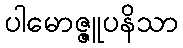
ပါမောဇ္ဇူပနိသာ